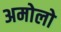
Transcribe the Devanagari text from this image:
अमोलो